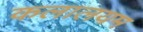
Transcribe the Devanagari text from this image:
कलालयम